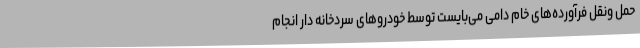
حمل ونقل فرآورده‌های خام دامی می‌بایست توسط خودروهای سردخانه دار انجام